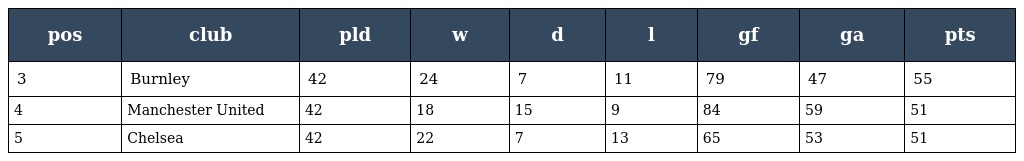
| pos | club | pld | w | d | l | gf | ga | pts |
 | --- | --- | --- | --- | --- | --- | --- | --- | --- |
 | 3 | Burnley | 42 | 24 | 7 | 11 | 79 | 47 | 55 |
 | 4 | Manchester United | 42 | 18 | 15 | 9 | 84 | 59 | 51 |
 | 5 | Chelsea | 42 | 22 | 7 | 13 | 65 | 53 | 51 |